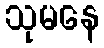
သုမနေ